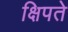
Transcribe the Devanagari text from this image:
क्षिपते